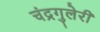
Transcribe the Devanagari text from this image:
चंद्रगुलेरी